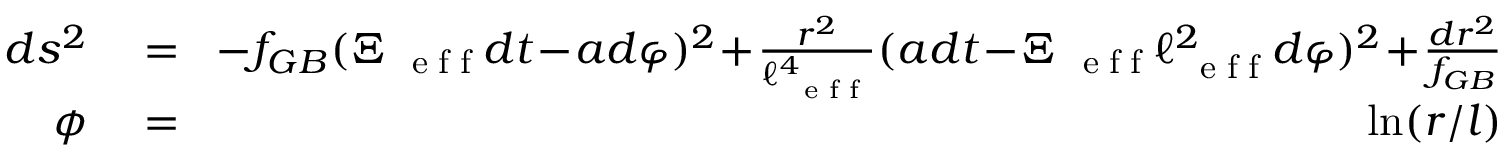
\begin{array} { r l r } { d s ^ { 2 } } & { { } = } & { \! - f _ { G B } ( \Xi _ { \mathrm { ~ \tiny ~ e ~ f ~ f ~ } } d t \! - \! a d \varphi ) ^ { 2 } \! + \! \frac { r ^ { 2 } } { \ell _ { \mathrm { ~ \tiny ~ e ~ f ~ f ~ } } ^ { 4 } } ( a d t \! - \! \Xi _ { \mathrm { ~ \tiny ~ e ~ f ~ f ~ } } \ell _ { \mathrm { ~ \tiny ~ e ~ f ~ f ~ } } ^ { 2 } d \varphi ) ^ { 2 } \! + \! \frac { d r ^ { 2 } } { f _ { G B } } \, , } \\ { \phi } & { { } = } & { \ln ( r / l ) \, , } \end{array}